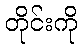
တိုင်းကို